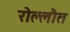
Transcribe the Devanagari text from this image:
रोल्लौत